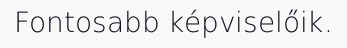
Fontosabb képviselőik.